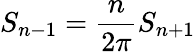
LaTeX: S_{n-1}={\frac{n}{2\pi}}S_{n+1}